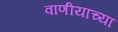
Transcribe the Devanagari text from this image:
वाणीयाच्या